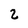
Character: 2